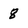
Character: 8